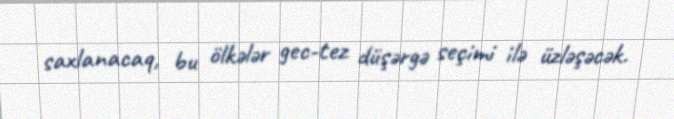
saxlanacaq, bu ölkələr gec-tez düşərgə seçimi ilə üzləşəcək.